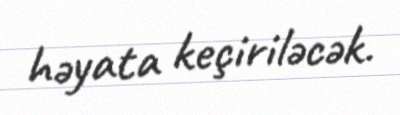
həyata keçiriləcək.